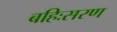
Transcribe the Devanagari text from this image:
बहिःसरण